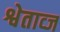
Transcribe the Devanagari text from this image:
श्वेताव्ज